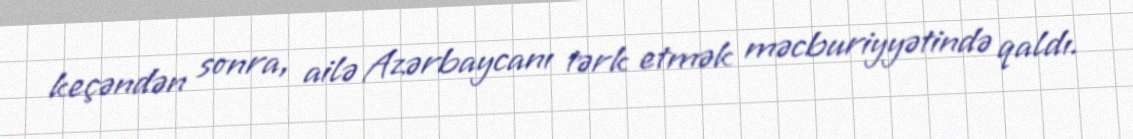
keçəndən sonra, ailə Azərbaycanı tərk etmək məcburiyyətində qaldı.